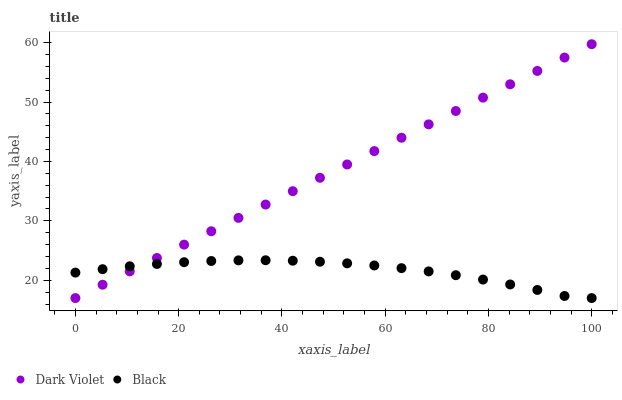
| xaxis_label | Dark Violet | Black |
 | --- | --- | --- |
 | 0 | 17 | 21.3 |
 | 5.26 | 19.2 | 21.9 |
 | 10.5 | 21.5 | 22.3 |
 | 15.8 | 23.7 | 22.7 |
 | 21.1 | 26 | 23 |
 | 26.3 | 28.2 | 23.2 |
 | 31.6 | 30.5 | 23.3 |
 | 36.8 | 32.7 | 23.4 |
 | 42.1 | 35 | 23.3 |
 | 47.4 | 37.2 | 23.1 |
 | 52.6 | 39.5 | 22.9 |
 | 57.9 | 41.7 | 22.5 |
 | 63.2 | 44 | 22 |
 | 68.4 | 46.2 | 21.5 |
 | 73.7 | 48.5 | 20.9 |
 | 78.9 | 50.7 | 20.1 |
 | 84.2 | 53 | 19.3 |
 | 89.5 | 55.2 | 18.4 |
 | 94.7 | 57.5 | 17.4 |
 | 100 | 59.7 | 17 |